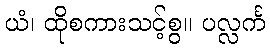
ယံ၊ ထိုစကားသင့်စွ။ ပလ္လင်္က